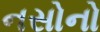
નસોનો